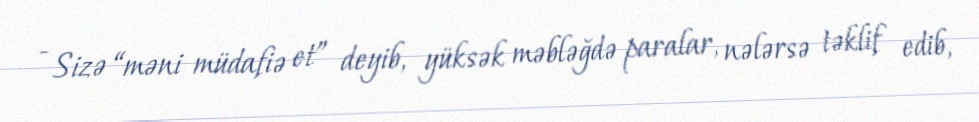
- Sizə “məni müdafiə et” deyib, yüksək məbləğdə paralar, nələrsə təklif edib,